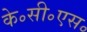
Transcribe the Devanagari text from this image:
के॰सी॰एस॰